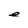
Character: e